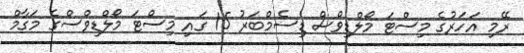
ރޭމި އަހަރުގެ މިސްޓަ މޯލްޑިވްސް ޑިސެމްބަރު 15 ގައި މިސްޓަ މޯލްޑިވްސްގެ މަގާމް